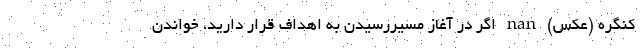
کنگره (عکس) nan اگر در آغاز مسیررسیدن به اهداف قرار دارید، خواندن